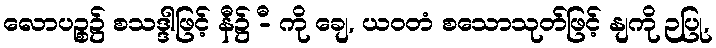
လောပဉ္စ၌ စသဒ္ဒါဖြင့် နီ၌ -ီ ကို ချေ, ယဝတံ စသောသုတ်ဖြင့် နျကို ဉပြု,